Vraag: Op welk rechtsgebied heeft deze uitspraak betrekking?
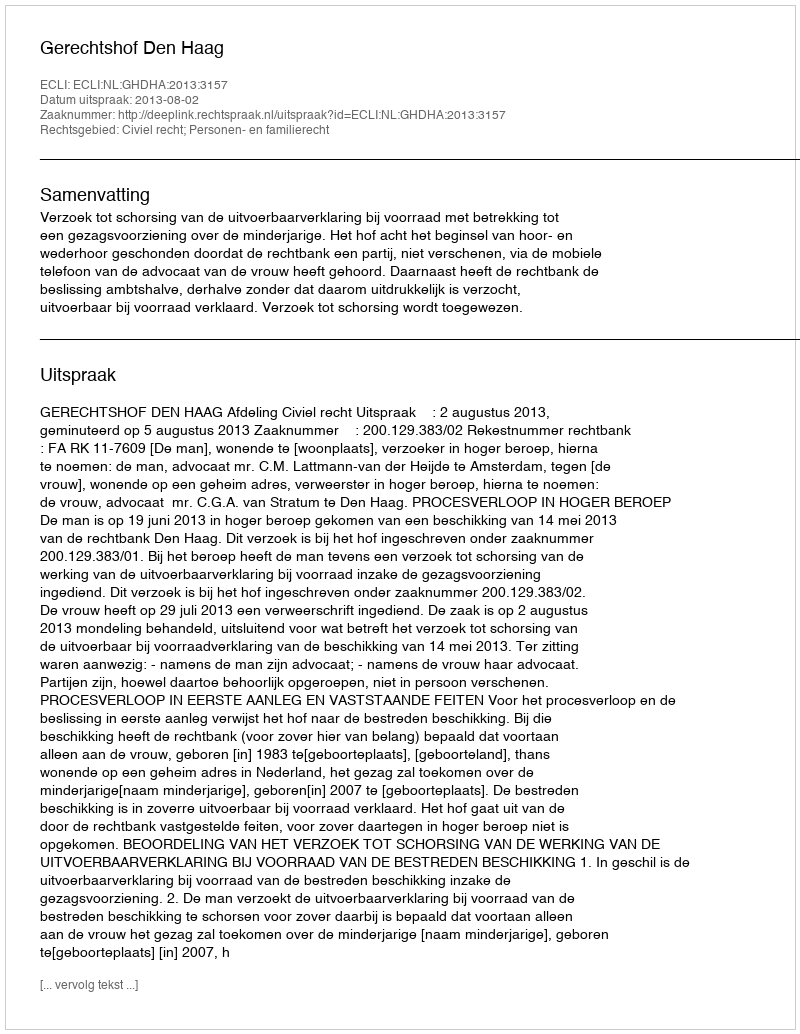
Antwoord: Civiel recht; Personen- en familierecht